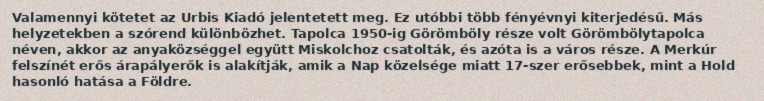
Valamennyi kötetet az Urbis Kiadó jelentetett meg. Ez utóbbi több fényévnyi kiterjedésű. Más helyzetekben a szórend különbözhet. Tapolca 1950-ig Görömböly része volt Görömbölytapolca néven, akkor az anyaközséggel együtt Miskolchoz csatolták, és azóta is a város része. A Merkúr felszínét erős árapályerők is alakítják, amik a Nap közelsége miatt 17-szer erősebbek, mint a Hold hasonló hatása a Földre.